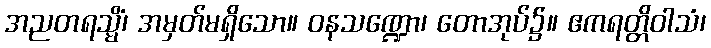
အညတရသ္မိံ၊ အမှတ်မရှိသော။ ဝနသဏ္ဍော၊ တောအုပ်၌။ ဧကရတ္တိဝါသံ၊